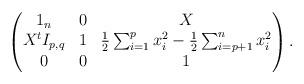
LaTeX: \begin{align*}\begin{pmatrix}1_n & 0 & X \\X^t I_{p,q} & 1 & \frac12\sum_{i=1}^p x_i^2 - \frac12\sum_{i=p+1}^n x_i^2 \\0 & 0 & 1\end{pmatrix}. \end{align*}